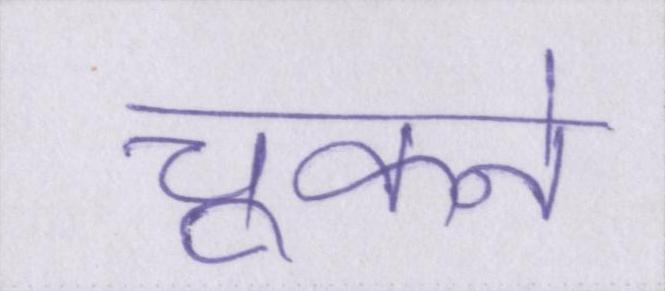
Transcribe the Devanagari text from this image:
चूकने